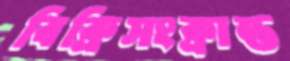
বিক্রিসংক্রান্ত